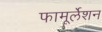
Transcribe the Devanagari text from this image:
फामूर्लेशन